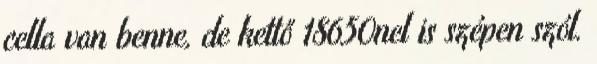
cella van benne, de kettő 18650nel is szépen szól.